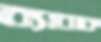
ব্যাবাক